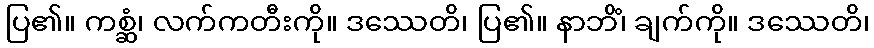
ပြ၏။ ကစ္ဆံ၊ လက်ကတီးကို။ ဒဿေတိ၊ ပြ၏။ နာဘိံ၊ ချက်ကို။ ဒဿေတိ၊